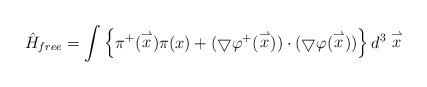
LaTeX: \begin{align*}\hat H_{free}=\int\left\{\pi^+(\stackrel{\rightharpoonup}{x})\pi(x)+(\bigtriangledown\varphi^+(\stackrel{\rightharpoonup}{x}))\cdot(\bigtriangledown\varphi(\stackrel{\rightharpoonup}{x}))\right\}d^3\stackrel{\rightharpoonup}{x}\end{align*}